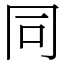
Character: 同